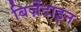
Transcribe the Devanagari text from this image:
बिज़ेंटाइन